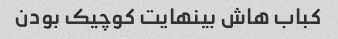
کباب هاش بینهایت کوچیک بودن